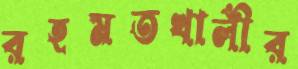
রহমতখালীর